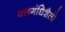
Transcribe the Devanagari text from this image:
वत्तगंधिशैली